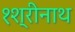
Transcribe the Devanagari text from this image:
१श्रीनाथ